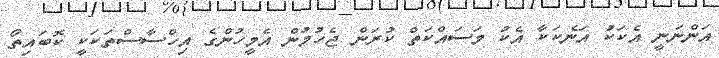
އަންނަނީ އެކަކު އަނެކަކާ އެކު މަސައްކަތް ކުރަން ޖެހުމުން އެމީހުންގެ އިހްސާސްތަކަކީ ކޮބައިތޯ